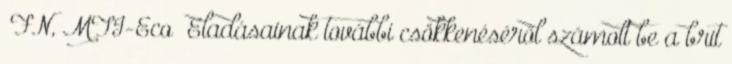
FN, MTI-Eco Eladásainak további csökkenéséről számolt be a brit